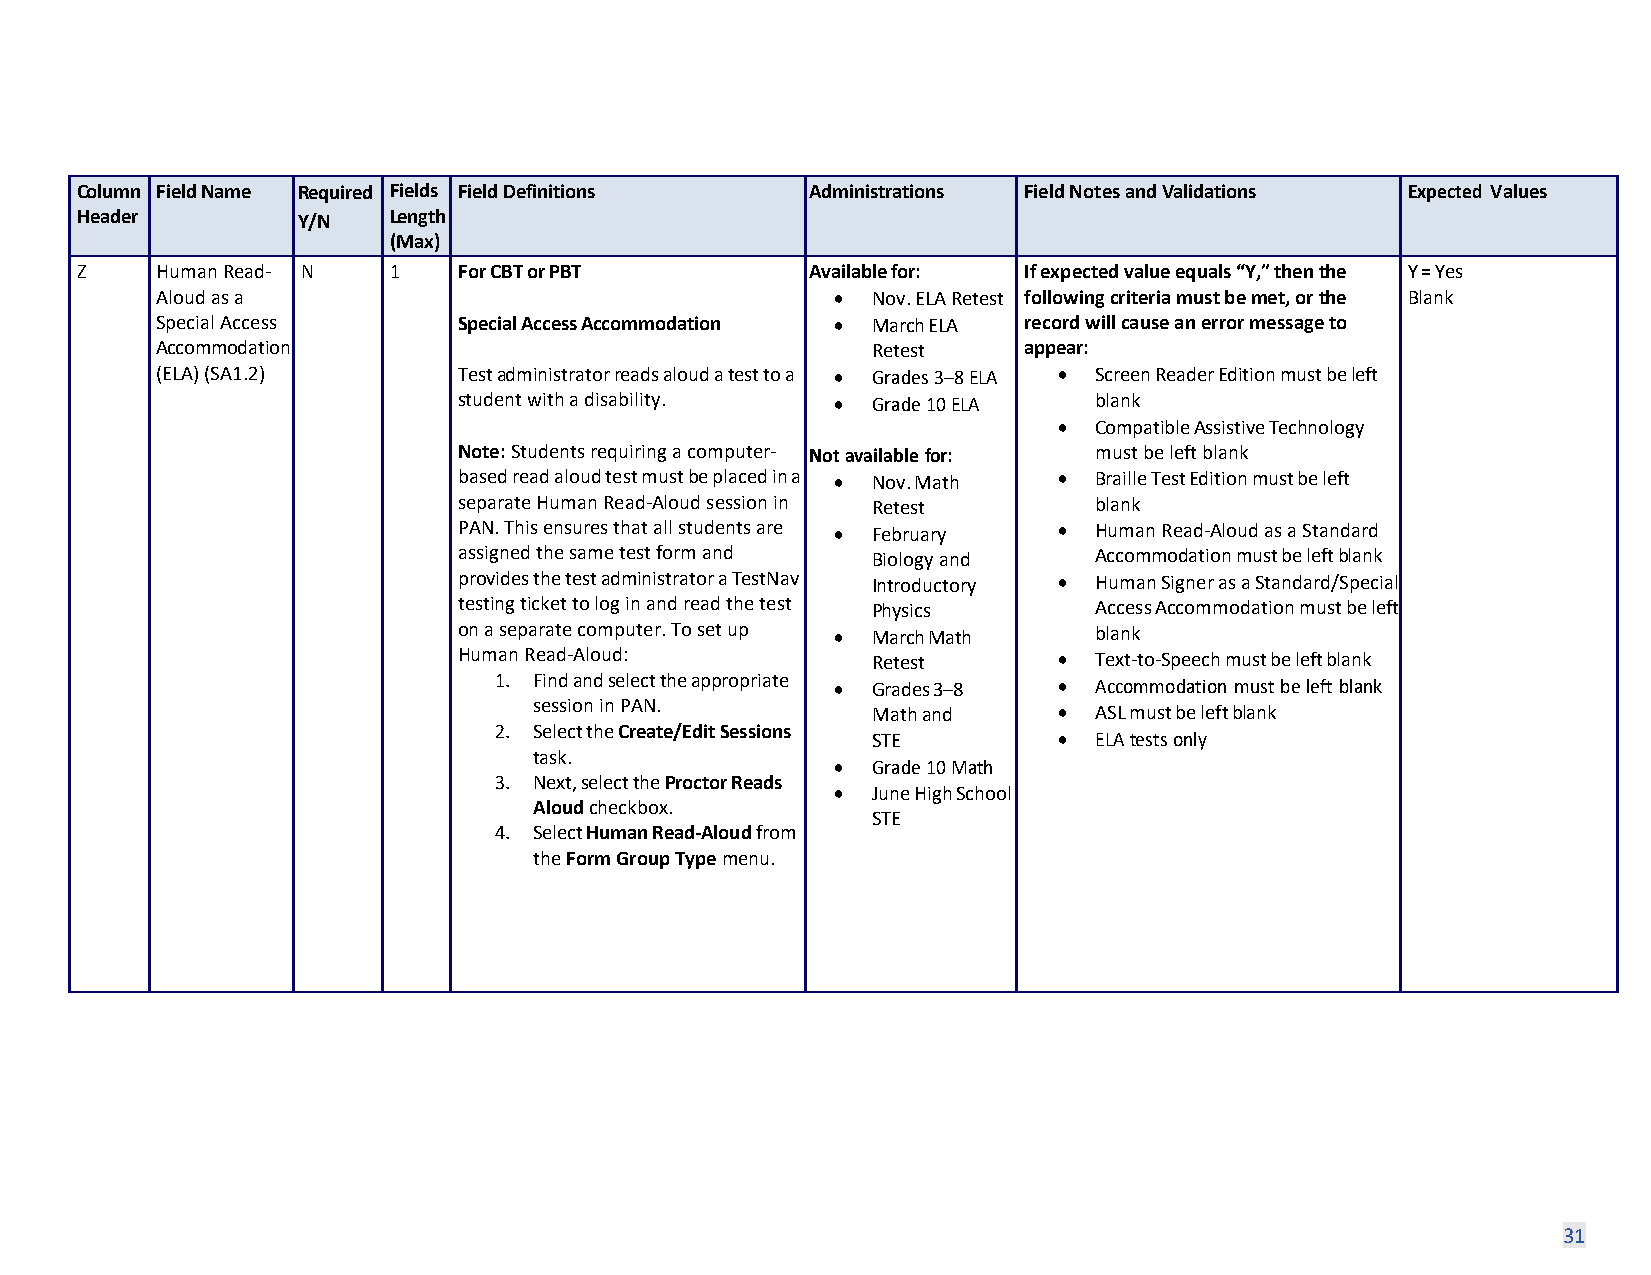
Column Field Name Required Fields Field Definitions Administrations Field Notes and Validations Expected Values
 Header         Y/N   Length
 (Max)
 Z    Human Read- N   1   For CBT or PBT          Available for: If expected value equals “Y,” then the Y = Yes
 Aloud as a                                   •  Nov. ELA Retest following criteria must be met, or the Blank
 Special Access      Special Access Accommodation • March ELA record will cause an error message to
 Accommodation                                   Retest    appear:
 (ELA) (SA1.2)       Test administrator reads aloud a test to a • Grades 3–8 ELA • Screen Reader Edition must be left
 student with a disability. • Grade 10 ELA blank
 • Compatible Assistive Technology
 Note: Students requiring a computer- Not available for: must be left blank
 based read aloud test must be placed in a • Nov. Math • Braille Test Edition must be left
 separate Human Read-Aloud session in Retest blank
 PAN. This ensures that all students are • February • Human Read-Aloud as a Standard
 assigned the same test form and Biology and Accommodation must be left blank
 provides the test administrator a TestNav Introductory • Human Signer as a Standard/Special
 testing ticket to log in and read the test Physics Access Accommodation must be left
 on a separate computer. To set up • March Math blank
 Human Read-Aloud:           Retest      • Text-to-Speech must be left blank
 1. Find and select the appropriate • Grades 3–8 • Accommodation must be left blank
 session in PAN.
 Math and    • ASL must be left blank
 2. Select the Create/Edit Sessions
 STE         • ELA tests only
 task.
 •  Grade 10 Math
 3. Next, select the Proctor Reads
 •  June High School
 Aloud checkbox.
 STE
 4. Select Human Read-Aloud from
 the Form Group Type menu.
 31